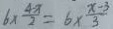
6 \times \frac { 4 - x } { 2 } = 6 \times \frac { x - 3 } { 3 }